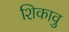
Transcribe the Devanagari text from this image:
शिकावु